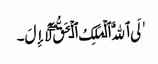
ٰلَی ٱللَّهُ ٱلۡمَلِکُ ٱلۡحَقُّ‌ۖ لَآ إِلَ۔